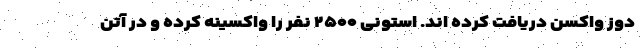
دوز واکسن دریافت کرده اند. استونی ۲۵۰۰ نفر را واکسینه کرده و در آتن